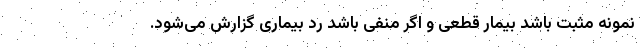
نمونه مثبت باشد بیمار قطعی و اگر منفی باشد رد بیماری گزارش می‌شود.